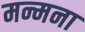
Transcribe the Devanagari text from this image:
मन्मना